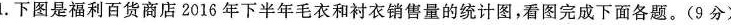
1.下图是福利百货商店2016年下半年毛衣和衬衣销售量的统计图，看图完成下面各题。(9分)